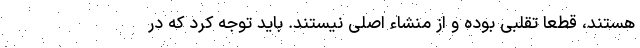
هستند، قطعا تقلبی بوده و از منشاء اصلی نیستند. باید توجه کرد که در